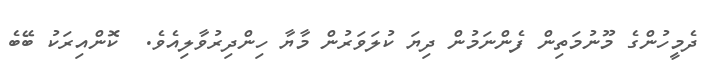
ދެމީހުންގެ މޫނުމަތިން ފެންނަމުން ދިޔަ ކުލަވަރުން މާޔާ ހިންދިރުވާލިއެވެ.  ކޮންއިރަކު ބޭބެ